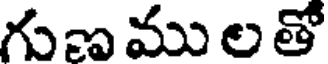
గుణ ము ల తో